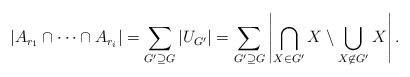
LaTeX: \begin{align*}|A_{r_1}\cap\cdots\cap A_{r_i}| = \sum_{G'\supseteq G}|U_{G'}| = \sum_{G'\supseteq G}\left|\bigcap_{X\in G'} X\setminus \bigcup_{X\not\in G'} X\right|.\end{align*}